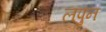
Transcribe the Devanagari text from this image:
लपुन